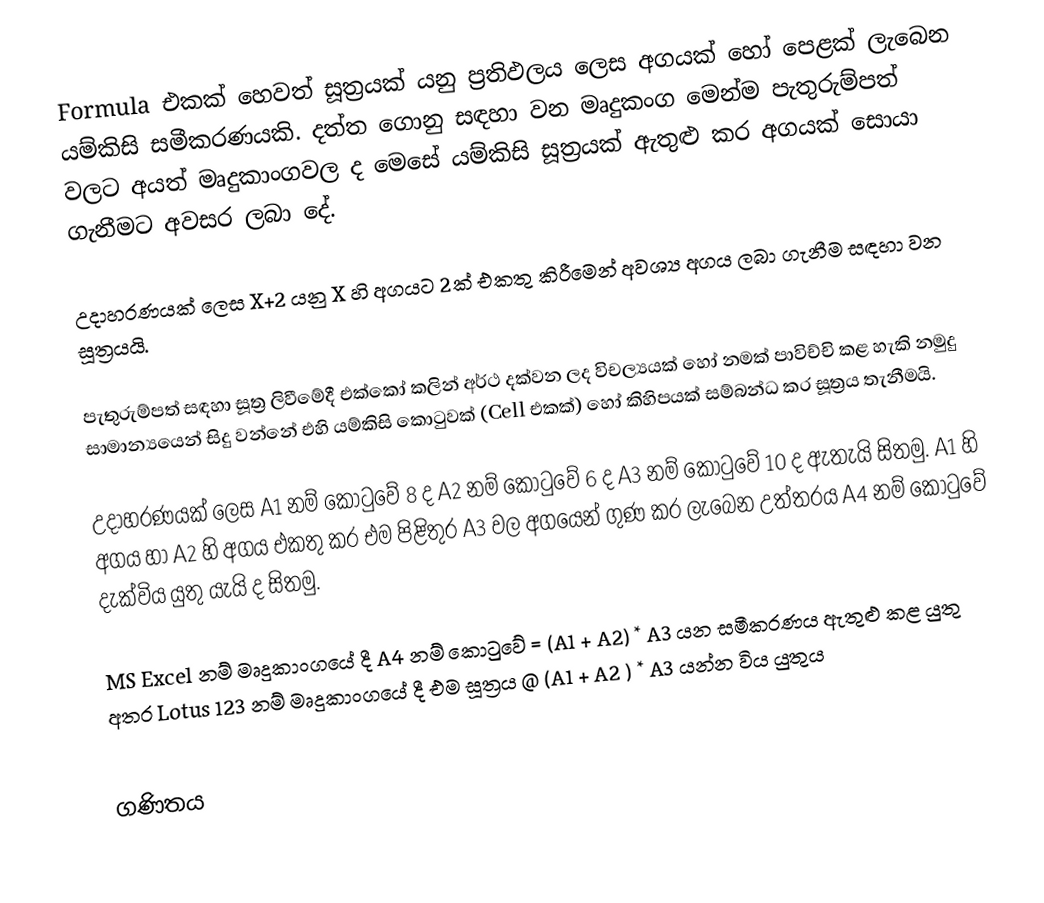
Formula එකක් හෙවත් සූත්‍රයක් යනු ප්‍රතිඵලය ලෙස අගයක් හෝ පෙළක් ලැබෙන යම්කිසි සමීකරණයකි. දත්ත ගොනු සඳහා වන මෘදුකංග මෙන්ම පැතුරුම්පත් වලට අයත් මෘදුකාංගවල ද මෙසේ යම්කිසි සූත්‍රයක් ඇතුළු කර අගයක් සොයා ගැනීමට අවසර ලබා දේ.

උදාහරණයක් ලෙස X+2 යනු X හි අගයට 2ක් එකතු කිරීමෙන් අවශ්‍ය අගය ලබා ගැනීම සඳහා වන සූත්‍රයයි.

පැතුරුම්පත් සඳහා සූත්‍ර ලිවීමේදී එක්කෝ කලින් අර්ථ දක්වන ලද විචල්‍යයක් හෝ නමක් පාවිච්චි කළ හැකි නමුදු සාමාන්‍යයෙන් සිදු වන්නේ එහි යම්කිසි කොටුවක් (Cell එකක්) හෝ කිහිපයක් සම්බන්ධ කර සූත්‍රය තැනීමයි.

උදාහරණයක් ලෙස A1 නම් කොටුවේ 8 ද A2 නම් කොටුවේ 6 ද A3 නම් කොටුවේ 10 ද ඇතැයි සිතමු.  A1 හි අගය හා A2 හි අගය එකතු කර එම පිළිතුර A3 වල අගයෙන් ගුණ කර ලැබෙන උත්තරය A4 නම් කොටුවේ දැක්විය යුතු යැයි ද සිතමු.

MS Excel නම් මෘදුකාංගයේ දී A4 නම් කොටුවේ = (A1 + A2) * A3 යන සමීකරණය ඇතුළු කළ යුතු අතර Lotus 123 නම් මෘදුකාංගයේ දී එම සූත්‍රය @ (A1 + A2 ) * A3 යන්න විය යුතුය

ගණිතය